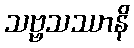
သဗ္ဗသဿာနိ